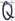
Text: Q